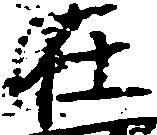
在